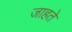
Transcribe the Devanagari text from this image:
जाहते